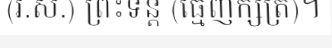
(រ.ស.) ព្រះទន្ត (ធ្មេញក្សត្រ)។